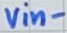
Text: vin-